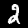
Digit: 2